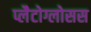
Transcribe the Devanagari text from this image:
प्लैटोग्लोसस